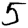
Digit: 5